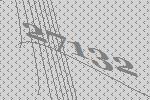
27132